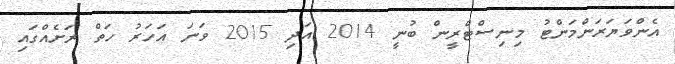
އެންވަޔަރަންމަންޓު މިނިސްޓްރީން ބުނީ 2014 އަދި 2015 ވަނަ އަހަރު ހަތް ރަށެއްގައި